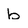
Character: b